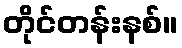
တိုင်တန်းနစ်။